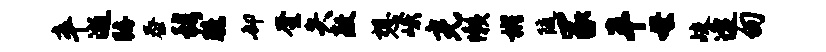
卒逝瞩泰穆臆却奎失敖想峨光懒彬随冢半母歧逄甸